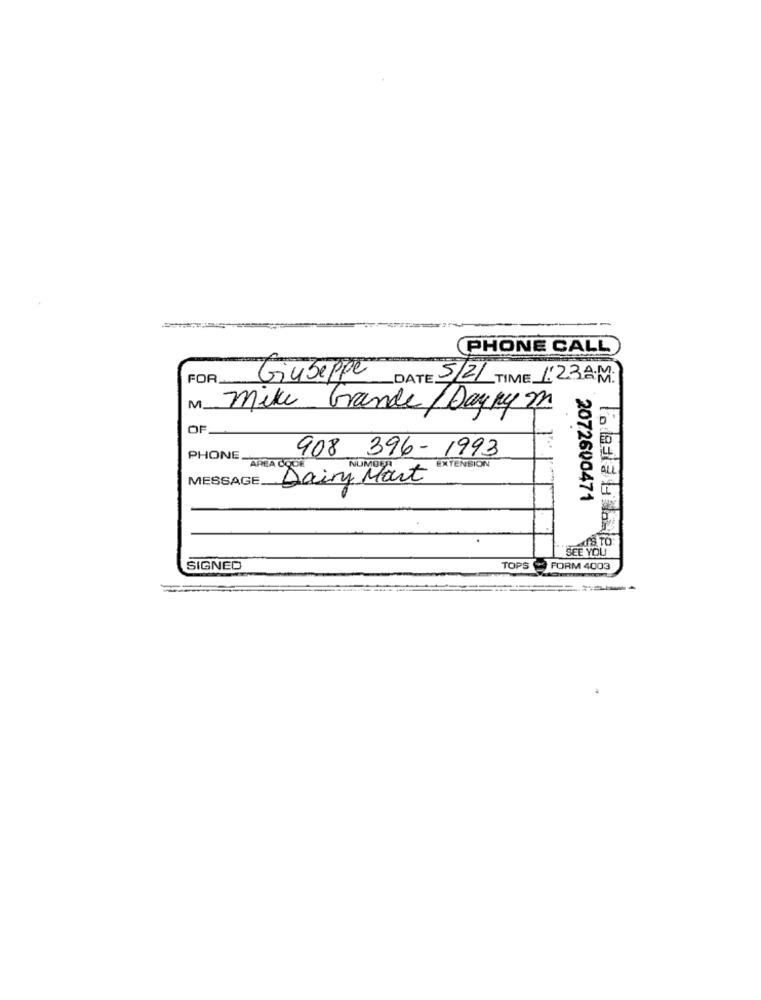
PHONE CALL
FOR
Giuseppe
DATE 5/21 TIME 1:23 AM:
M.
Mike Grande/Dayrym
OF
908 396 - 1993
PHONE.
EXTENSION
AREA CODE
NUMBER
ALL
MESSAGE.
Dairy Mart
2072600471
SEE YOU
SIGNED
TOPS @ FORM 4003